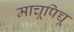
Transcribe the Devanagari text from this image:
माचूपिच्चू